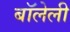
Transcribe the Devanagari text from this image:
बॉलेली